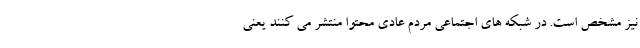
نیز مشخص است. در شبکه های اجتماعی مردم عادی محتوا منتشر می کنند یعنی